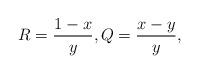
LaTeX: \begin{align*}R=\frac{1-x}{y},Q=\frac{x-y}{y},\end{align*}